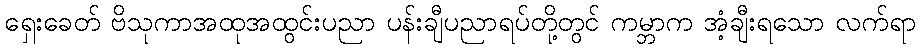
ရှေးခေတ် ဗိသုကာအထုအထွင်းပညာ ပန်းချီပညာရပ်တို့တွင် ကမ္ဘာက အံ့ချီးရသော လက်ရာ